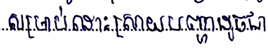
សម្រាប់ដោះស្រាយបញ្ហាដូចជា